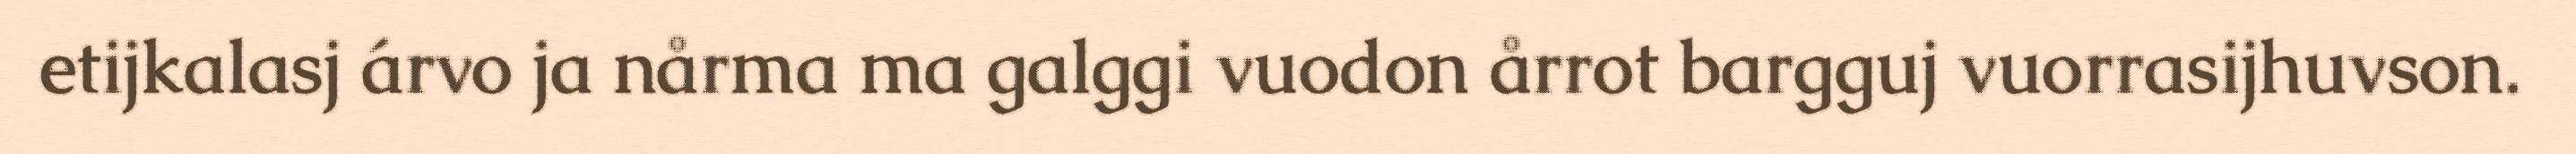
etijkalasj árvo ja nårma ma galggi vuodon årrot bargguj vuorrasijhuvson.